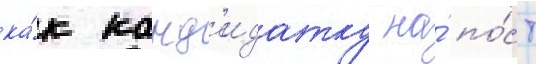
ка́к канд'идатку на́ по́ст